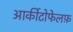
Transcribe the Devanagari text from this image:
आर्कीटोफेलफ़